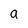
Character: a